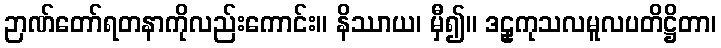
ဉာဏ်တော်ရတနာကိုလည်းကောင်း။ နိဿာယ၊ မှီ၍။ ဒဠှကုသလမူလပတိဋ္ဌိတာ၊